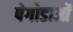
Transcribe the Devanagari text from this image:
पेगोडाओं